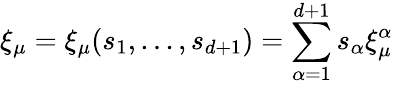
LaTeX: \xi_{\mu}=\xi_{\mu}(s_{1},...,s_{d+1})=\sum_{\alpha=1}^{d+1}s_{\alpha}\xi_{\mu}^{\alpha}